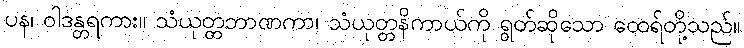
ပန၊ ဝါဒန္တရကား။ သံယုတ္တဘာဏကာ၊ သံယုတ္တနိကာယ်ကို ရွတ်ဆိုသော ထေရ်တို့သည်။